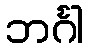
ဘင်္ဂါ